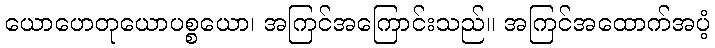
ယောဟေတုယောပစ္စယော၊ အကြင်အကြောင်းသည်။ အကြင်အထောက်အပံ့